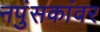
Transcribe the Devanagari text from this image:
नपुंसकांवर